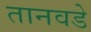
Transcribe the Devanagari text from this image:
तानवडे